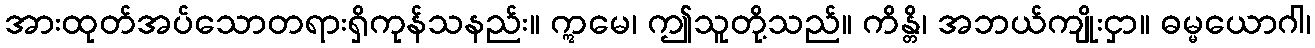
အားထုတ်အပ်သောတရားရှိကုန်သနည်း။ ဣမေ၊ ဤသူတို့သည်။ ကိန္တိ၊ အဘယ်ကျိုးငှာ။ ဓမ္မယောဂါ၊